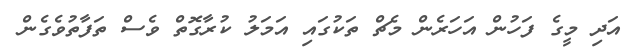
އަދި މީގެ ފަހުން އަހަރެން މެޗް ތަކުގައި އަމަލު ކުރާގޮތް ވެސް ތަފާތުވެގެން